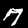
Label: 7